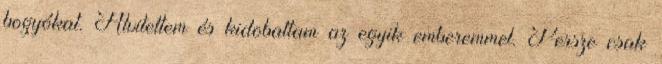
bogyókat. Alvitettem és kidobattam az egyik emberemmel. Persze csak